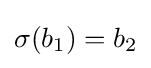
\sigma (b_{1})=b_{2}